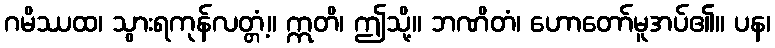
ဂမိဿထ၊ သွားရကုန်လတ္တံ့။ ဣတိ၊ ဤသို့။ ဘဏိတံ၊ ဟောတော်မူအပ်၏။ ပန၊